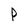
Character: P